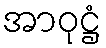
အာဝုဋ္ဌံ